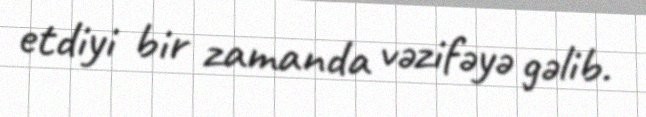
etdiyi bir zamanda vəzifəyə gəlib.